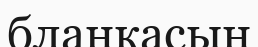
бланкасын